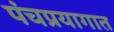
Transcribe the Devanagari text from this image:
पंचप्रयागात